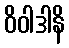
ဝိဝါဒါနိ